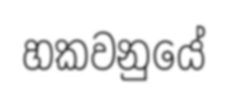
හකවනුයේ